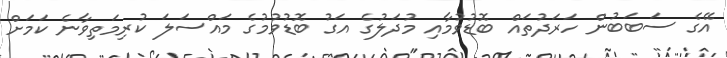
އޭގެ ސަބަބުން ހަރަދުތައް ބޮޑުވުމާއި މުދަލުގެ އަގު ބޮޑުވުމުގެ މައްސަލަ ކުރިމަތިވާނެ ކަމަށް